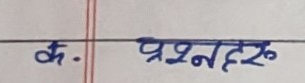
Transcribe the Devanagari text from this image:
क. प्रश्नहरु